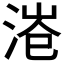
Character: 𱧅